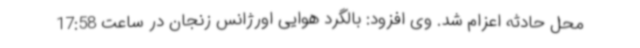
محل حادثه اعزام شد. وی افزود: بالگرد هوایی اورژانس زنجان در ساعت 17:58